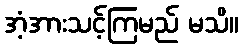
အံ့အားသင့်ကြမည် မသိ။